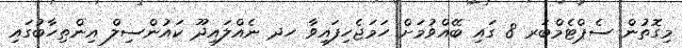
މިގޮތުން ސެޕްޓެމްބަރ 8 ގައި ބޭއްވުމަށް ހަމަޖެހިފައިވާ ހދ ނެއްލައިދޫ ކައުންސިލް އިންތިހާބުގައި